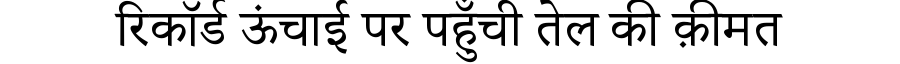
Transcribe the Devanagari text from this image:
रिकॉर्ड ऊंचाई पर पहुँची तेल की क़ीमत